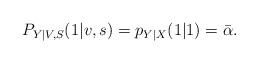
LaTeX: \begin{align*}P_{Y|V,S}(1|v,s)=p_{Y|X}(1|1)=\bar{\alpha}.\end{align*}